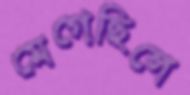
মেগেছিলে